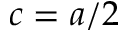
c = a / 2